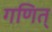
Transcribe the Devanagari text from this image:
गणित्